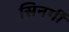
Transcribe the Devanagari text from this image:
सिनर्गी